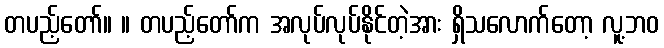
တပည့်တော်။ ။ တပည့်တော်က အလုပ်လုပ်နိုင်တဲ့အား ရှိသလောက်တော့ လူ့ဘဝ